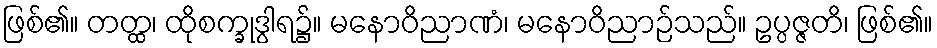
ဖြစ်၏။ တတ္ထ၊ ထိုစက္ခုဒွါရ၌။ မနောဝိညာဏံ၊ မနောဝိညာဉ်သည်။ ဥပ္ပဇ္ဇတိ၊ ဖြစ်၏။